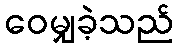
ဝေမျှခဲ့သည်